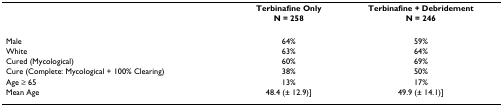
|  | Terbinafine Only | Terbinafine + Debridement |
 |  | N = 258 | N = 246 |
 | --- | --- | --- |
 | Male | 64% | 59% |
 | White | 63% | 64% |
 | Cured (Mycological) | 60% | 69% |
 | Cure (Complete: Mycological + 100% Clearing) | 38% | 50% |
 | Age ≥ 65 | 13% | 17% |
 | Mean Age | 48.4 (± 12.9)] | 49.9 (± 14.1)] |